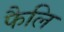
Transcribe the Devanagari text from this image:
फैलि